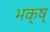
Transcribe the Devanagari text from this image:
भक्ष्